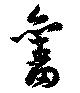
舊